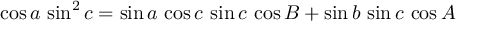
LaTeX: \cos a \, \sin ^ { 2 } c = \sin a \, \cos c \, \sin c \, \cos B + \sin b \, \sin c \, \cos A